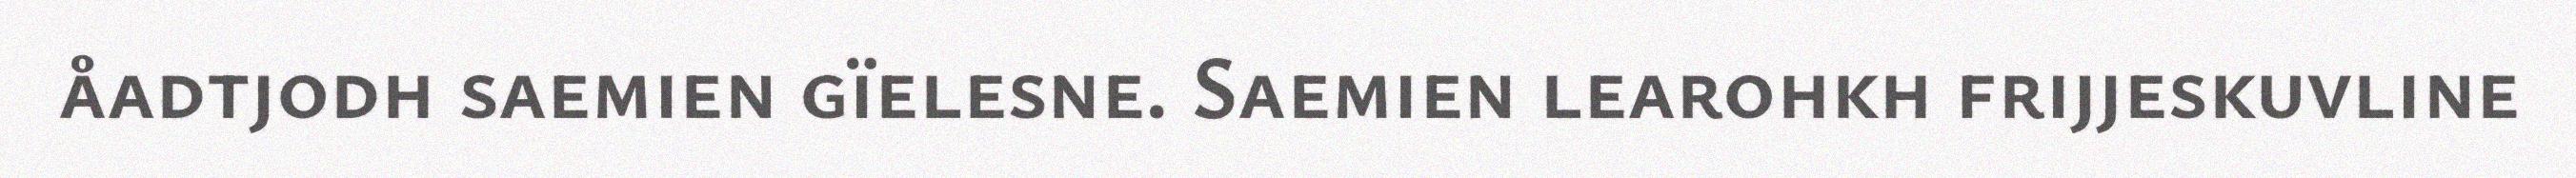
åadtjodh saemien gïelesne. Saemien learohkh frijjeskuvline